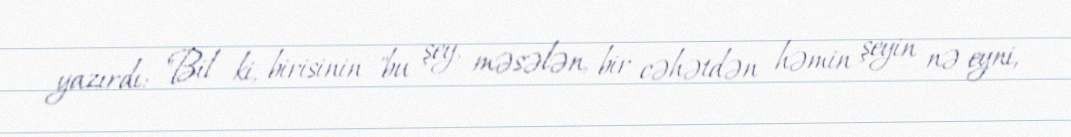
yazırdı: "Bil ki, birisinin "bu şey, məsələn, bir cəhətdən həmin şeyin nə eyni,